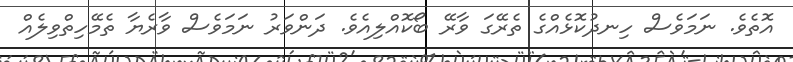
އޮތެވެ. ނަމަވެސް ހިނދުކޮޅެއްގެ ތެރޭގަ ވާރޭ ބޯކޮއްލިއެވެ. ދަންވަރު ނަމަވެސް ވާރެޔާ ތެމޭހިތްވިލެއް